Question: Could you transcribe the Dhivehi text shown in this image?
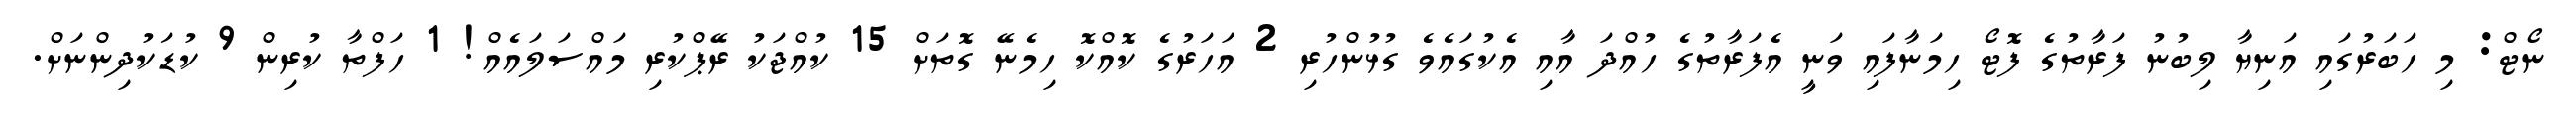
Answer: ނޯޓް: މި ހަބަރުގައި އަނިޔާ ލިބުނު ފަރާތުގެ ފޮޓޯ ހިމަނާފައި ވަނީ އެފަރާތުގެ ހުއްދަ އާއި އެކުގައެވެ ގުޅުންހުރި 2 އަހަރުގެ ކޮއްކޮ ހިމެނޭ ގޮތަށް 15 ކުއްޖަކު ރޭޕްކުރި މައްސަލައެއް! 1 ހަފްތާ ކުރިން 9 ކުޑަކުދިންނަށް.